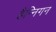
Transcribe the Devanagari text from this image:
हैन्निगन